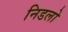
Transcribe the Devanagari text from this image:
निडलो